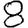
Digit: 8